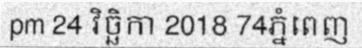
pm 24 វិច្ឆិកា 2018 74ភ្នំពេញ